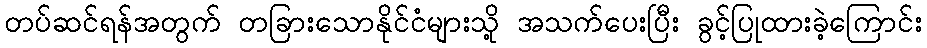
တပ်ဆင်ရန်အတွက် တခြားသောနိုင်ငံများသို့ အသက်ပေးပြီး ခွင့်ပြုထားခဲ့ကြောင်း